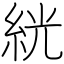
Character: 絖